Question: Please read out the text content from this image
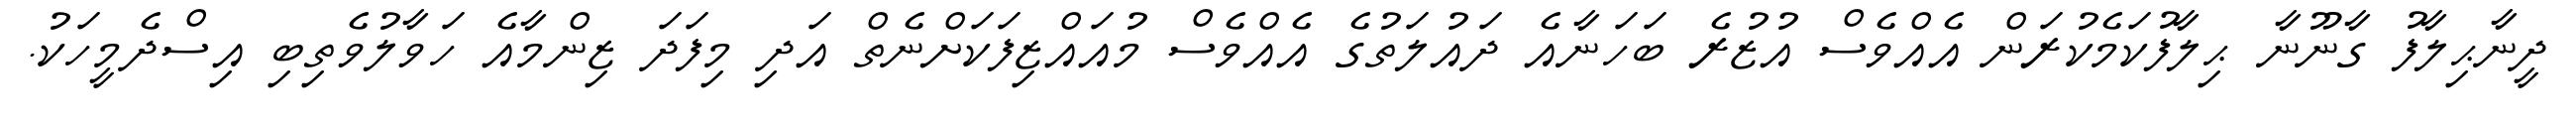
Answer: ދީނާޙިލާފު ގާނޫނާ ޙިލާފުކަމެކުރަން އެއްވެސް އުޒުރެ ބަހަނާއެ ދައުލަތުގެ އެއްވެސް މުއައްޒިފަކަށްނެތް އަދި މިފަދަ ޒިންމާއެ ހަވާލުވެތިބި އިސްދެމީހަކު.